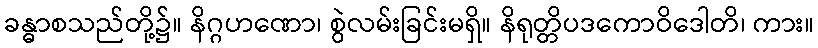
ခန္ဓာစသည်တို့၌။ နိဂ္ဂဟဏော၊ စွဲလမ်းခြင်းမရှိ။ နိရုတ္တိပဒကောဝိဒေါတိ၊ ကား။